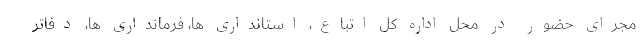
مجرای حضور در محل اداره کل اتباع، استانداری ها، فرمانداری ها، دفاتر